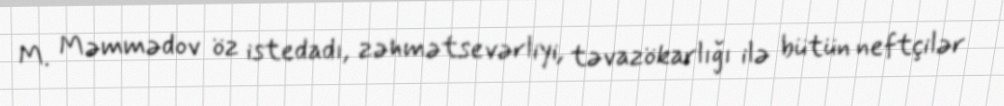
M. Məmmədov öz istedadı, zəhmətsevərliyi, təvazökarlığı ilə bütün neftçilər